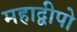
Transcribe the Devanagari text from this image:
महाद्वीपो